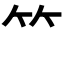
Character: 𥫗